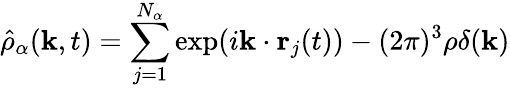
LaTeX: \hat{\rho}_{\alpha}(\textbf{k},t)=\sum_{j=1}^{N_{\alpha}}\exp(i\textbf{k}\cdot\textbf{r}_{j}(t))-(2\pi)^{3}\rho\delta(\textbf{k})